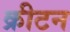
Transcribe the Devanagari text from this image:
क्रीटन